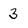
Character: 3